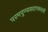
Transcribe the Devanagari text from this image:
परमपुण्यप्रदाएकादशी